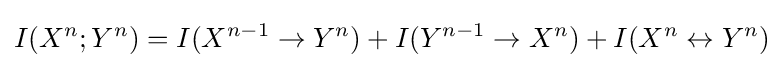
I(X^{n};Y^{n})=I(X^{n-1}\to Y^{n})+I(Y^{n-1}\to X^{n})+I(X^{n}\leftrightarrow Y^{n})